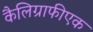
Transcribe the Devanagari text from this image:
कैलिग्राफीएक